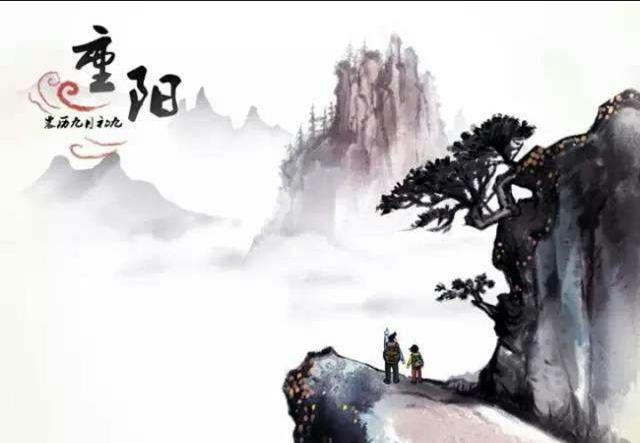
人生易老天难老，岁岁重阳。